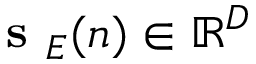
\textbf { s } _ { E } ( n ) \in \mathbb { R } ^ { D }